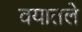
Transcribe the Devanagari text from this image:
वयातले